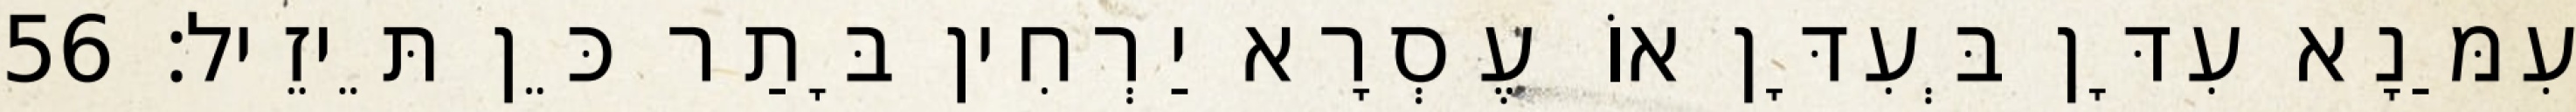
עִמַּנָא עִדָּן בְּעִדָּן אוֹ עֶסְרָא יַרְחִין בָּתַר כֵּן תֵּיזֵיל׃ 56